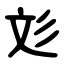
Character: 彣